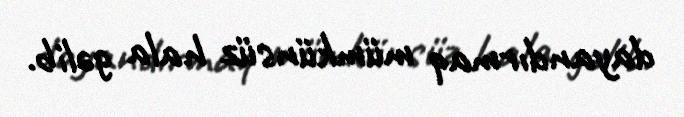
dayandırmaq mümkünsüz hala gəlib.